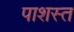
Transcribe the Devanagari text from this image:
पाशस्त